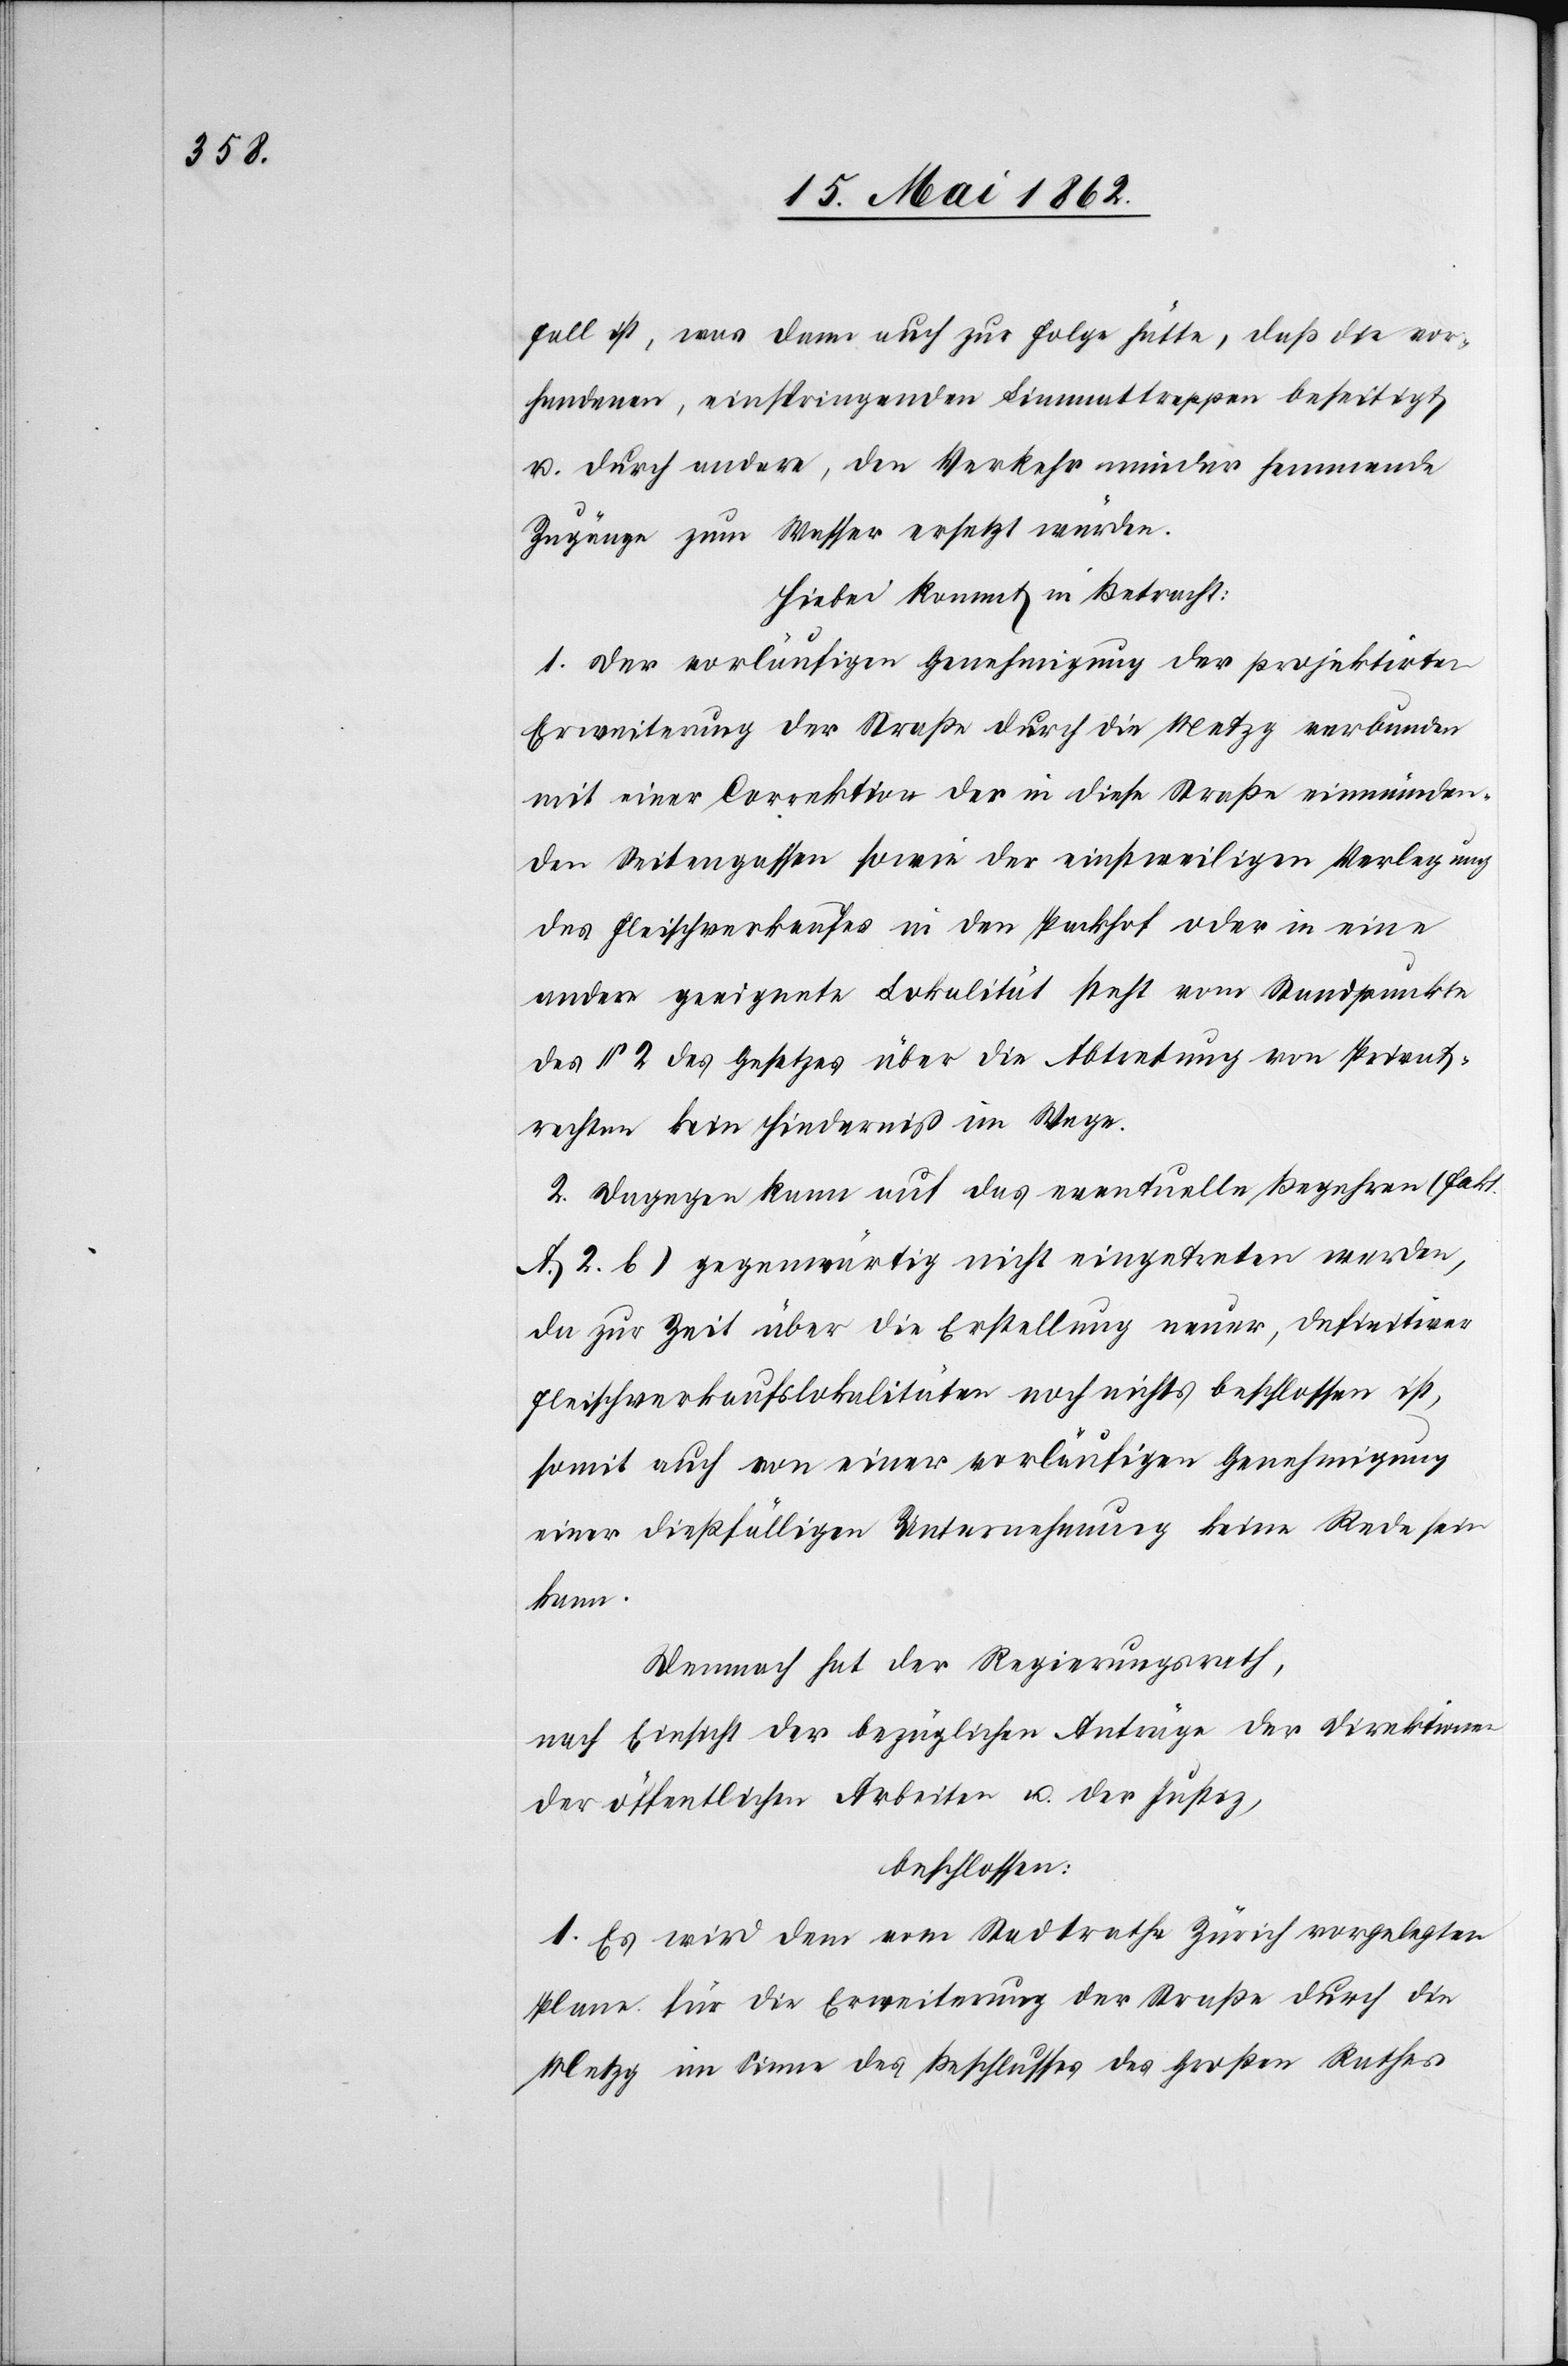
Fall ist, was dann auch zur Folge hätte, daß die vor¬
handenen, einspringenden Limmattreppen beseitigt
u. durch andere, den Verkehr minder hemmende
Zugänge zum Wasser ersetzt würden.
Hiebei kommt in Betracht:
1. Der vorläufigen Genehmigung der projektirten
Erweiterung der Straße durch die Metzg verbunden
mit einer Correktion der in diese Straße einmünden¬
den Seitengassen sowie der einstweiligen Verlegung
des Fleischverkaufes in den Packhof oder in eine
andere geeignete Lokalität steht vom Standpunkte
des § 2 des Gesetzes über die Abtretung von Privat¬
rechten kein Hinderniß im Wege.
2. Dagegen kann auf das eventuelle Begehren (Fakt.
A 2. b) gegenwärtig nicht eingetreten werden,
da zur Zeit über die Erstellung neuer, definitiver
Fleischverkaufslokalitäten noch nichts beschlossen ist,
somit auch von einer vorläufigen Genehmigung
einer dießfälligen Unternehmung keine Rede sein
kann.
Demnach hat der Regierungsrath,
nach Einsicht der bezüglichen Anträge der Direktionen
der öffentlichen Arbeiten u. der Justiz,
beschlossen.
1. Es wird dem vom Stadtrathe Zürich vorgelegten
Plane für die Erweiterung der Straße durch die
Metzg im Sinne des Beschlusses des Großen Rathes